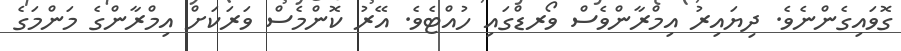
ގޮވައިގެންނެެވެ. ދިޔައިރު އިމްރާންވެސް ވޯރޑްގައި ހުއްޓެވެ. އޭރު ކޮންމެސް ވަރަކަށް އިމްރާންގެ މަންމަގެ